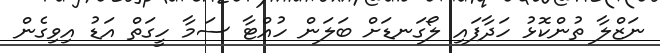
ނަޒްލާ ތުންކޮޅު ހަދާފައި ލޯގަނޑަށް ބަލަން ހުއްޓާ ސަމާ ހީގަތް އަޑު އިވިގެން